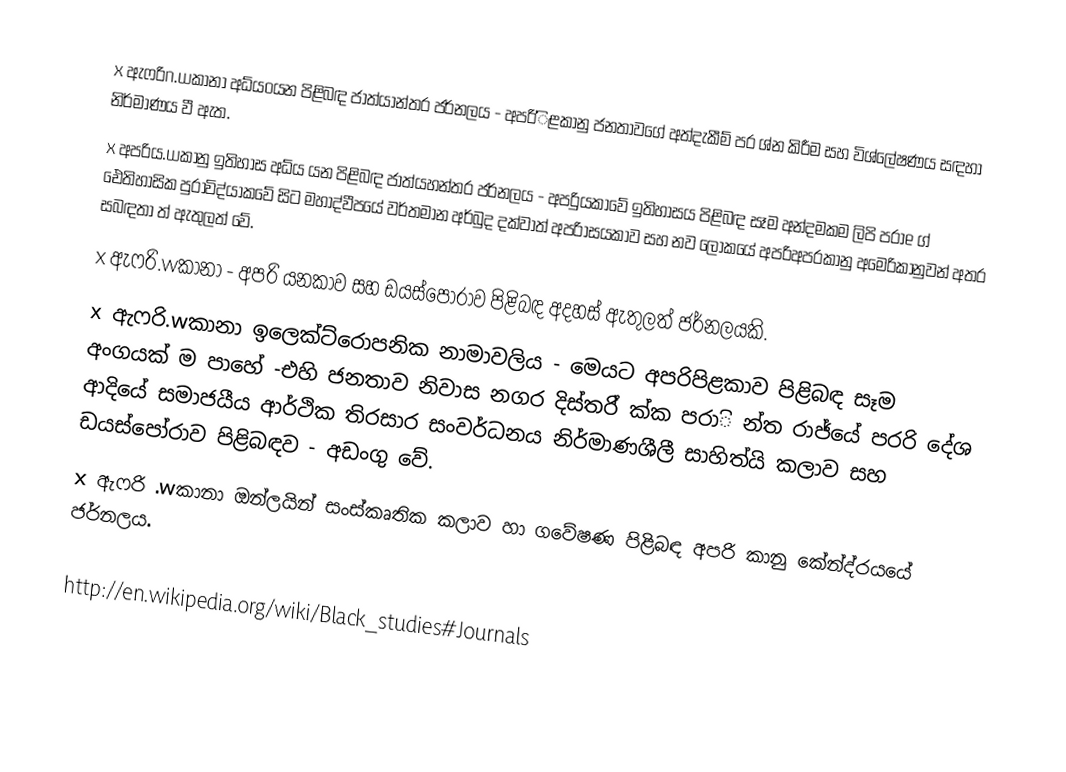
x	ඇෆරිn.wකානා අධ්යoයන පිළිබඳ ජාත්යාන්තර ජර්නලය -  අපරි්ිළකානු ජනතාවගේ අත්දැකීම් පර   ශ්න කිරීම සහ විශ්ලේෂණය සඳහා නිර්මාණය වී ඇත.
x	අපරිය.wකානු ඉතිහාස අධ්ය යන පිළිබඳ ජාත්යහන්තර ජර්නලය - අපරි‍ුයකාවේ ඉතිහාසය පිළිබඳ සෑම අන්දමකම ලිපි පරාe  ග් ඓතිහාසික පුරාවිද්යාකවේ සිට මහාද්වීපයේ වර්තමාන අර්බුද දක්වාත් අපරිාසයකාව සහ නව ලෝකයේ අපරිඅපරකානු අමෙරිකානුවන් අතර සබඳතා ත් ඇතුලත් වේ.
x	ඇෆරි‍.wකානා - අපරි යනකාව සහ ඩයස්පෝරාව පිළිබඳ අදහස් ඇතුලත් ජර්නලයකි.
x	ඇෆරි‍.wකානා ඉලෙක්ට්රොපනික නාමාවලිය - මෙයට අපරිපිළකාව පිළිබඳ සෑම අංගයක් ම පාහේ  -එහි ජනතාව නිවාස නගර දිස්තරි්  ක්ක පරාි  න්ත රාජ්යේ පරරි දේශ ආදියේ සමාජයීය ආර්ථික තිරසාර සංවර්ධනය නිර්මාණශීලී සාහිත්යි කලාව සහ ඩයස්පෝරාව පිළිබඳව - අඩංගු වේ.
x	ඇෆරි .wකානා ඔන්ලයින් සංස්කෘතික කලාව හා ගවේෂණ පිළිබඳ අපරි   කානු කේන්ද්රයයේ ජර්නලය.

http://en.wikipedia.org/wiki/Black_studies#Journals